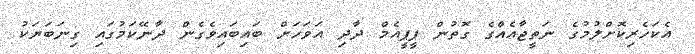
އެކަހެރިކޮށްލުމުގެ ނަތީޖާއެއްގެ ގޮތުން ޕީޕީއެމް ދާދި އަވަހަށް ބައިބައިވެގެން ދާނޭކަމުގައި ގިނަބަޔަކު